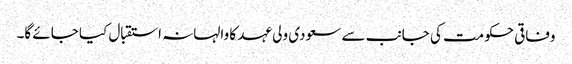
وفاقی حکومت کی جانب سے سعودی ولی عہد کا والہانہ استقبال کیا جائے گا۔